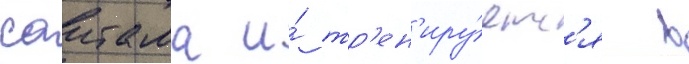
саитама и́ тр'ен'иру́етс'я в